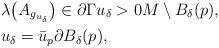
LaTeX: \begin{align*}&\lambda\big(A_{g_{u_{\delta}}}\big) \in \partial\Gamma u_{\delta} > 0 M \setminus B_\delta(p),\\&u_{\delta} = \bar u_p \partial B_\delta(p),\end{align*}